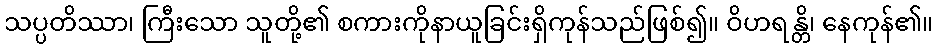
သပ္ပတိဿာ၊ ကြီးသော သူတို့၏ စကားကိုနာယူခြင်းရှိကုန်သည်ဖြစ်၍။ ဝိဟရန္တိ၊ နေကုန်၏။